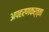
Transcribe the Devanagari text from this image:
अपहरणकर्त्ता